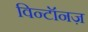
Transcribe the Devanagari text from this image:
विन्टॉनज़